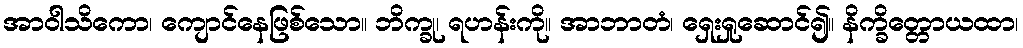
အာဝါသိကော၊ ကျောင်နေဖြစ်သော။ ဘိက္ခု၊ ရဟန်းကို။ အာဘာတံ၊ ရှေးရှုဆောင်၍။ နိက္ခိတ္တောယထာ၊